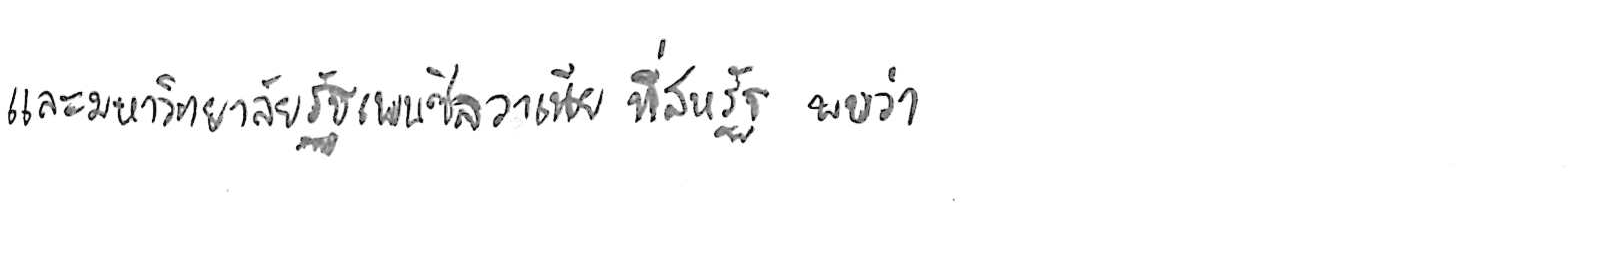
และมหาวิทยาลัยรัฐเพนซิลวาเนีย ที่สหรัฐ พบว่า